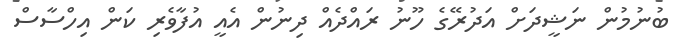
ބުނުމުން ނަޝީދަށް އަދުރޭގެ ހޫނު ރައްދެއް ދިނުން އެއީ އުފާވެރި ކަން އިހްސާސް